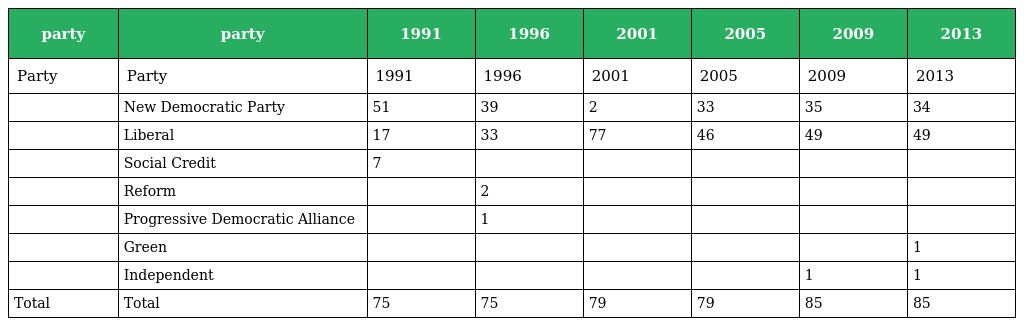
| party | party | 1991 | 1996 | 2001 | 2005 | 2009 | 2013 |
 | --- | --- | --- | --- | --- | --- | --- | --- |
 | Party | Party | 1991 | 1996 | 2001 | 2005 | 2009 | 2013 |
 |  | New Democratic Party | 51 | 39 | 2 | 33 | 35 | 34 |
 |  | Liberal | 17 | 33 | 77 | 46 | 49 | 49 |
 |  | Social Credit | 7 |  |  |  |  |  |
 |  | Reform |  | 2 |  |  |  |  |
 |  | Progressive Democratic Alliance |  | 1 |  |  |  |  |
 |  | Green |  |  |  |  |  | 1 |
 |  | Independent |  |  |  |  | 1 | 1 |
 | Total | Total | 75 | 75 | 79 | 79 | 85 | 85 |